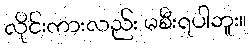
လိုင်းကားလည်း မစီးရပါဘူး။